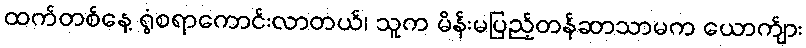
ထက်တစ်နေ့ ရွံစရာကောင်းလာတယ်၊ သူက မိန်းမပြည့်တန်ဆာသာမက ယောက်ျား